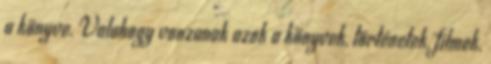
a könyve. Valahogy vonzanak azok a könyvek, történetek, filmek,